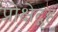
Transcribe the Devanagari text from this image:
प्रोक्षेद्गृहं